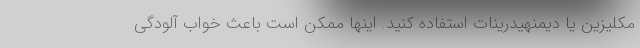
مکلیزین یا دیمنهیدرینات استفاده کنید. اینها ممکن است باعث خواب آلودگی